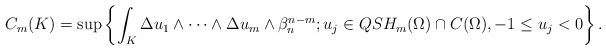
\begin{align*} C_m(K)= \sup \left\{\int_{K} \Delta u_1 \wedge\cdots\wedge \Delta u_m \wedge \beta_n^{n-m}; u_j\in QSH_m(\Omega)\cap C(\Omega), -1\leq u_j< 0\right\}.\end{align*}